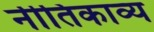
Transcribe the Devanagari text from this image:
नीतिकाव्य